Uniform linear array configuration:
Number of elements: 24
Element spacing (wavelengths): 0.5
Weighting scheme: exponential
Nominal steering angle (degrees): -60
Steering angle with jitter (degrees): -58.697
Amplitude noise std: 0.05
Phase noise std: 0.05

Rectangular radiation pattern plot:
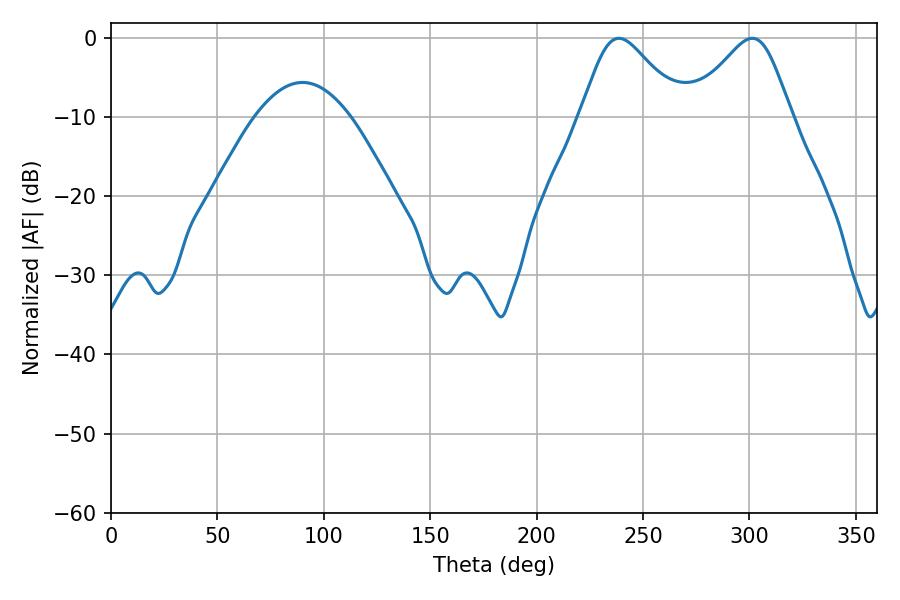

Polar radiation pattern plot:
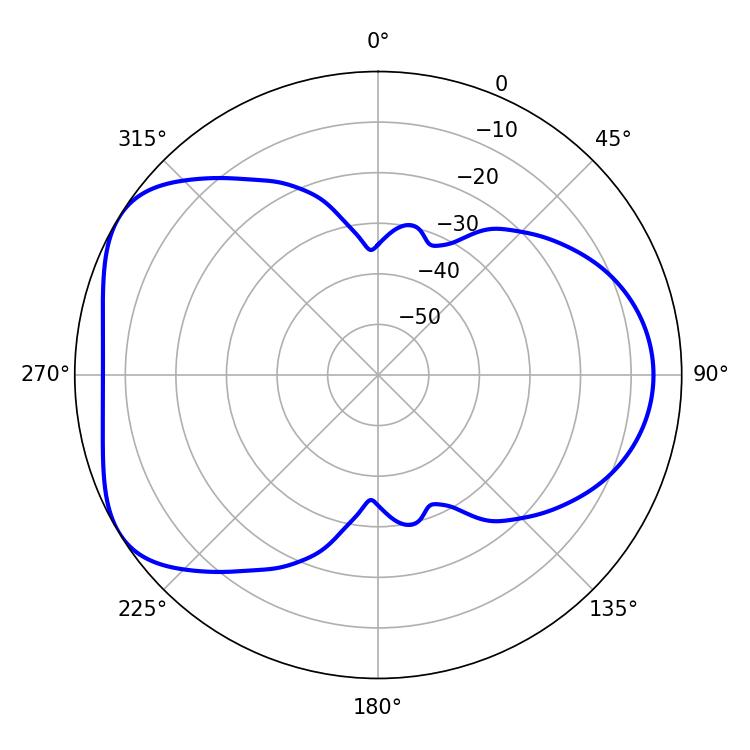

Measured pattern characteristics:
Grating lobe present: FALSE
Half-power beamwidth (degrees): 23.58
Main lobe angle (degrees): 238.68